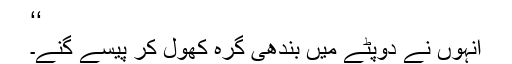
‘‘
انہوں نے دوپٹے میں بندھی گرہ کھول کر پیسے گنے۔